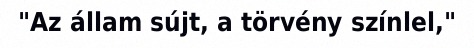
"Az állam sújt, a törvény színlel,"